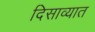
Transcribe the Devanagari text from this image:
दिसाव्यात